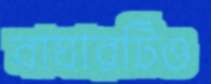
বাঘারটিও